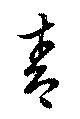
青